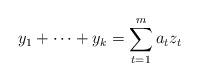
LaTeX: \begin{align*} y_1+\dots +y_k = \sum_{t=1}^m a_t z_t\end{align*}